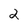
Character: 2